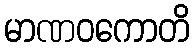
မာဏဝကောတိ